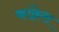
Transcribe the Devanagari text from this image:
कांफ़्रेस